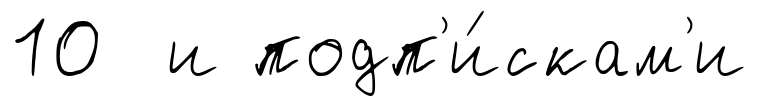
10 и подп'и́скам'и